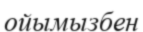
ойымызбен